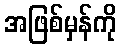
အဖြစ်မှန်ကို